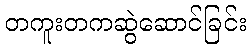
တကူးတကဆွဲဆောင်ခြင်း